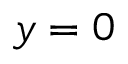
y = 0